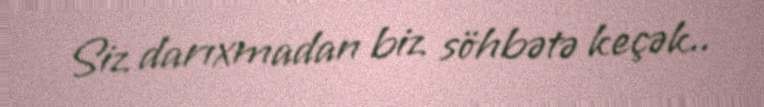
Siz darıxmadan biz söhbətə keçək..